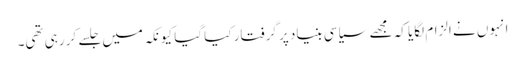
انہوں نے الزام لگایا کہ مجھے سیاسی بنیاد پر گرفتار کیا گیا کیونکہ میں جلسے کر رہی تھی۔